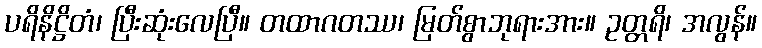
ပရိနိဋ္ဌိတံ၊ ပြီးဆုံးလေပြီ။ တထာဂတဿ၊ မြတ်စွာဘုရားအား။ ဥတ္တရိ၊ အလွန်။